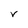
Character: V